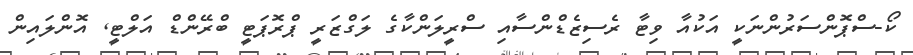
ކޯ-ސްޕޮންސަރުންނަކީ އަކުއާ ވިޓާ ރެސިޒެޑްންސާއި ސްރީލަންކާގެ ލަގްޒަރީ ޕްރޮޕަޓީ ބްރޭންޑް އަލްޓީ